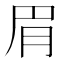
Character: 𬚳